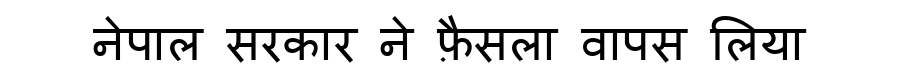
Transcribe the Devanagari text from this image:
नेपाल सरकार ने फ़ैसला वापस लिया